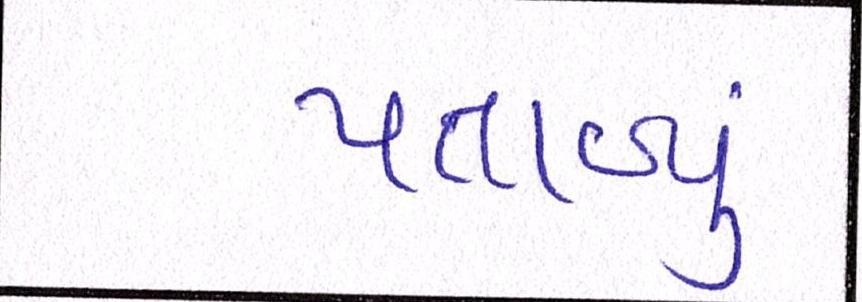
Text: પતાવ્યું